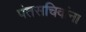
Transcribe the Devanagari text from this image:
पंतसचिवांना